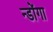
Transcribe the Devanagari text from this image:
न्डोंगा